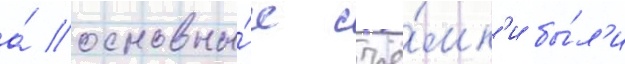
а́ основны́е съё́мк'и бы́л'и